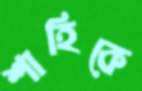
শাহিকে